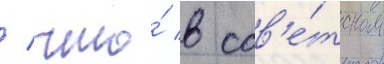
/ что́ в сов'е́тском